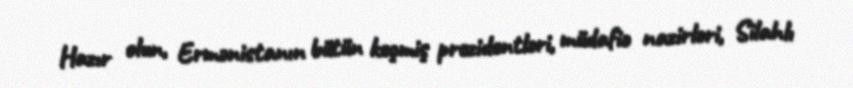
Hazır olun, Ermənistanın bütün keçmiş prezidentləri, müdafiə nazirləri, Silahlı